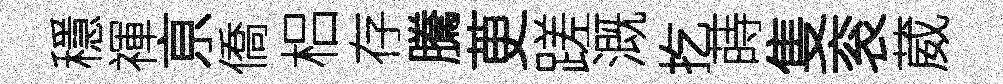
穩禈亰僑梠存騰茰蹉溉扢蒔隻衮葳